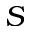
S